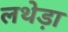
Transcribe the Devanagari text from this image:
लथेड़ा